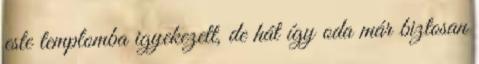
este templomba igyekezett, de hát így oda már biztosan